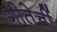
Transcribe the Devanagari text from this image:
गीतेचीं